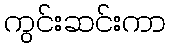
ကွင်းဆင်းကာ